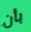
بأن